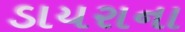
ડાયરાના